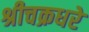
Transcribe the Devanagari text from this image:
श्रीचक्रधरे